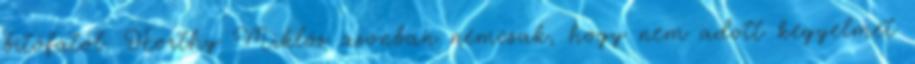
bitófától. Horthy Miklós azonban nemcsak, hogy nem adott kegyelmet